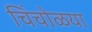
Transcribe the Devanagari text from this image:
चिंचोळया